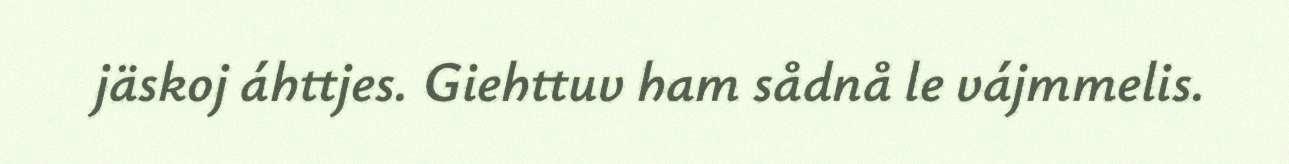
jäskoj áhttjes. Giehttuv ham sådnå le vájmmelis.